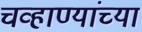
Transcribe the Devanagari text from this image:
चव्हाण्यांच्या